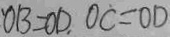
O B = O D , O C = O D